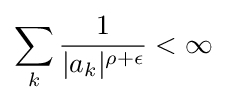
\sum _{k}{\frac {1}{|a_{k}|^{\rho +\epsilon }}}<\infty